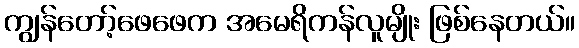
ကျွန်တော့်ဖေဖေက အမေရိကန်လူမျိုး ဖြစ်နေတယ်။